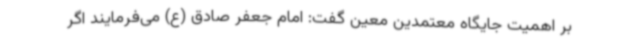
بر اهمیت جایگاه معتمدین معین گفت: امام جعفر صادق (ع) می‌فرمایند اگر